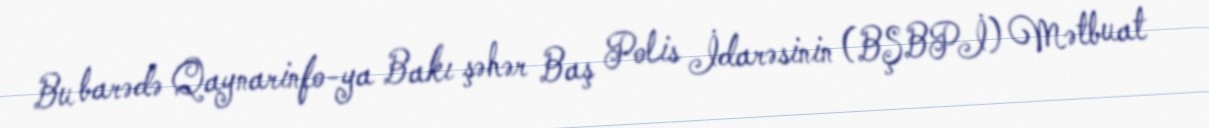
Bu barədə Qaynarinfo-ya Bakı şəhər Baş Polis İdarəsinin (BŞBPİ) Mətbuat